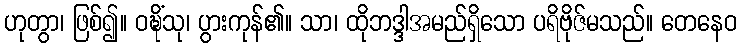
ဟုတွာ၊ ဖြစ်၍။ ဝဍ္ဎိံသု၊ ပွားကုန်၏။ သာ၊ ထိုဘဒ္ဒါအမည်ရှိသော ပရိဗိုဇ်မသည်။ တေနေဝ